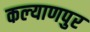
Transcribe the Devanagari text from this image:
कल्‍याणपुर